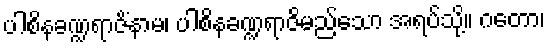
ပါစိနခဏ္ဍရာဇိံနာမ၊ ပါစိနခဏ္ဍရာဇိမည်သော အရပ်သို့။ ဂတော၊